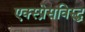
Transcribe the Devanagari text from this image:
एक्स्प्रेसविरुद्ध